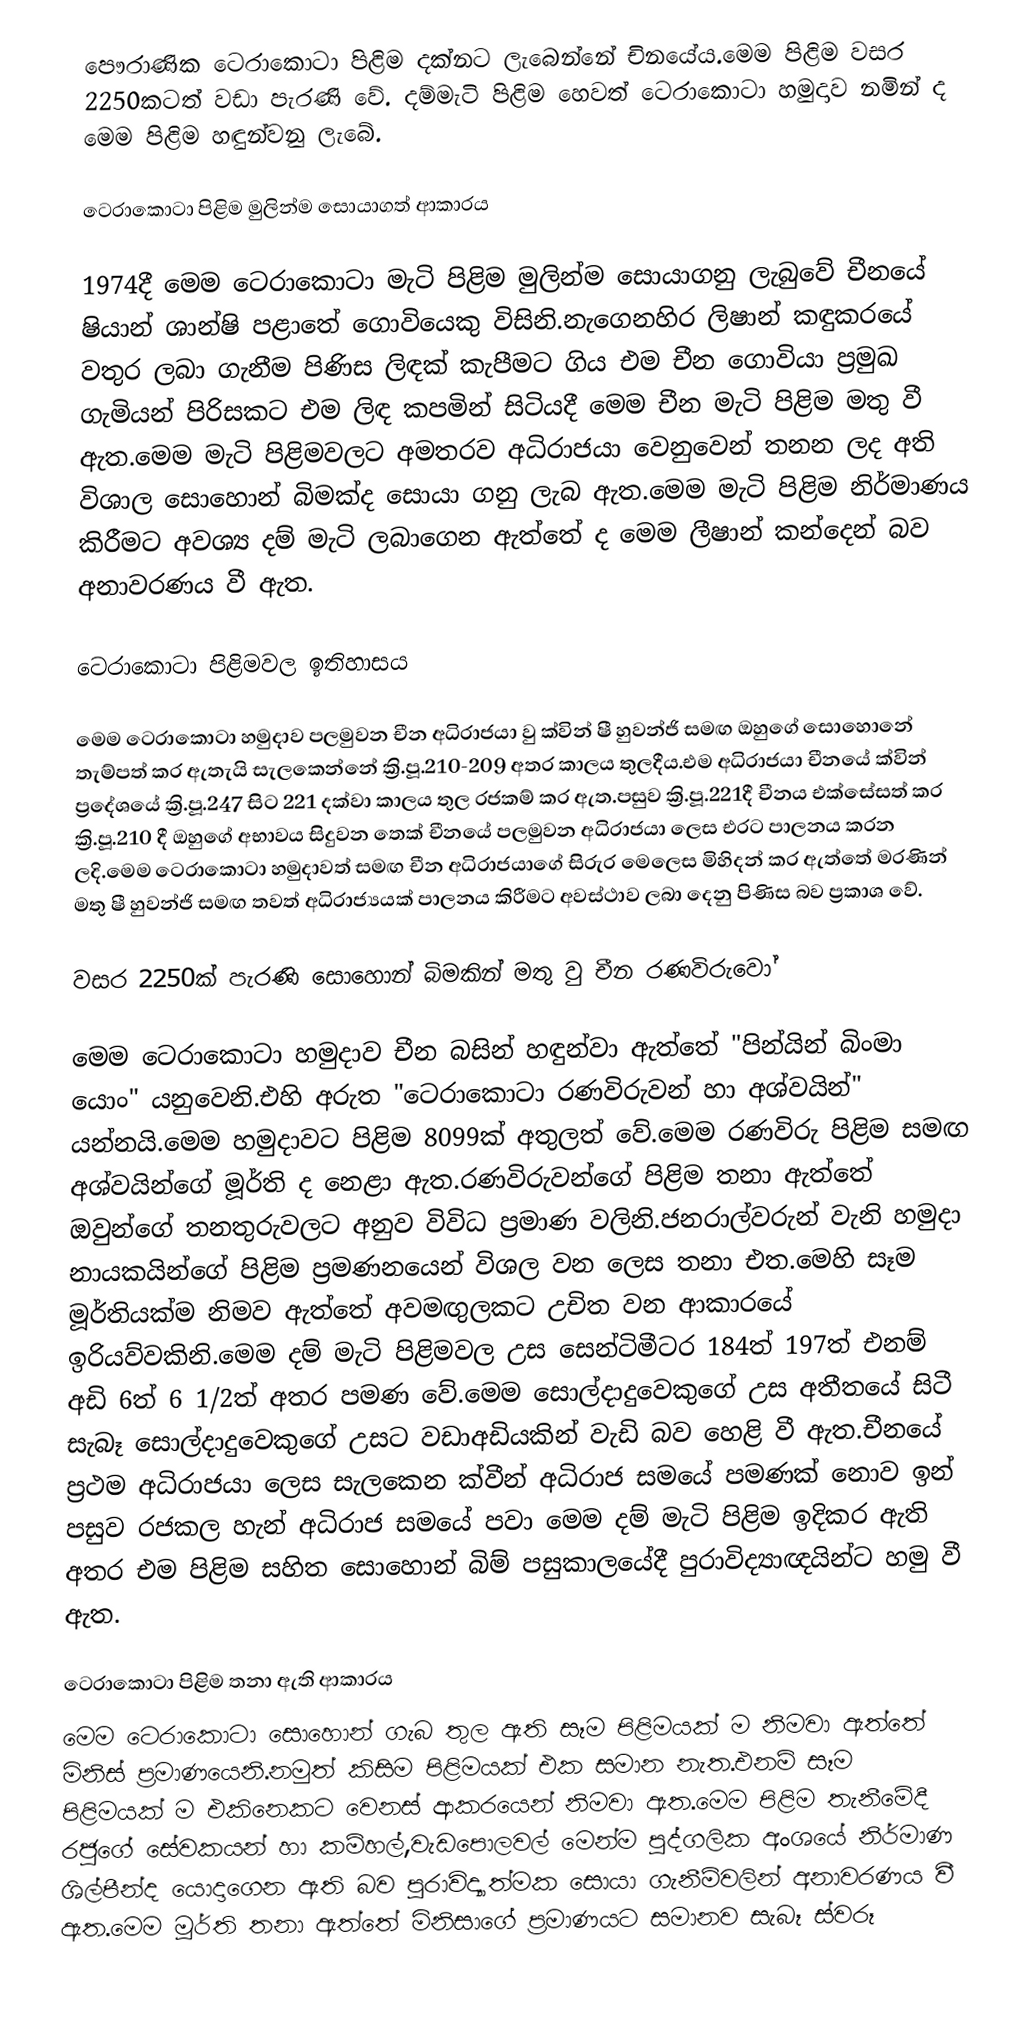
පෞරාණික ටෙරාකොටා පිළිම දක්නට ලැ‍බෙන්නේ චිනයේය.මෙම පිළිම වසර 2250කටත් වඩා පැරණි වේ. දම්මැටි පිළිම හෙවත් ටෙරාකොටා හමුදාව නමින් ද මෙම පිළිම හඳුන්වනු ලැ‍බේ.

ටෙරාකොටා පිළිම මුලින්ම සොයාගත් ආකාරය

1974දී මෙම ටෙරාකොටා මැටි පිළිම මුලින්ම සොයාගනු ලැබුවේ චීනයේ ෂියාන් ශාන්ෂි පළාතේ ගොවියෙකු විසිනි.නැගෙනහිර ලිෂාන් කඳුකරයේ වතුර ලබා ගැනීම පිණිස ලිඳක් කැපීමට ගිය එම චීන ගොවියා ප්‍රමුඛ ගැමියන් පිරිසකට එම ලිඳ කපමින් සිටියදී මෙම චීන මැටි පිළිම මතු වී ඇත.මෙම මැටි පිළිමවලට අමතරව අධිරාජයා වෙනුවෙන් තනන ලද අති විශාල සොහොන් බිමක්ද සොයා ගනු ලැබ ඇත.මෙම මැටි පිළිම නිර්මාණය කිරීමට අවශ්‍ය දම් මැටි ලබාගෙන ඇත්තේ ද මෙම ලීෂාන් කන්දෙන් බව අනාවරණය වී ඇත.

ටෙරාකොටා පිළිමවල ඉතිහාසය

මෙම ටෙරාකොටා හමුදාව පලමුවන චීන අධිරාජයා වු ක්වින් ෂී හුවන්ජි සමඟ ඔහුගේ සොහොනේ තැම්පත් කර ඇතැයි සැලකෙන්නේ ක්‍රි.පූ.210-209 අතර කාලය තුලදීය.එම අධිරාජයා චීනයේ ක්වින් ප්‍රදේශයේ ක්‍රි.පූ.247 සිට 221 දක්වා කාලය තුල රජකම් කර ඇත.පසුව ක්‍රි.පූ.221දී චීනය එක්සේසත් කර ක්‍රි.පූ.210 දී ඔහුගේ අභාවය සිදුවන තෙක් චීනයේ පලමුවන අධිරාජයා ලෙස එරට පාලනය කරන ලදි.මෙම ටෙරාකොටා හමුදාවත් සමඟ චීන අධිරාජයාගේ සිරුර මෙලෙස මිහිදන් කර ඇත්තේ මරණින් මතු ෂී හුවන්ජි සමඟ තවත් අධිරාජ්‍යයක් පාලනය කිරීමට අවස්ථාව ලබා දෙනු පිණිස බව ප්‍රකාශ වේ.

වසර 2250ක් පැරණි සොහොන් බිමකින් මතු වු චීන රණවිරුවෝ

මෙම ටෙරාකොටා හමුදාව චීන බසින් හඳුන්වා ඇත්තේ "පින්යින් බිංමා යොං" යනුවෙනි.එහි අරුත "ටෙරාකොටා රණවිරුවන් හා අශ්වයින්" යන්නයි.මෙම හමුදාවට පිළිම 8099ක් අතුලත් වේ.මෙම රණවිරු පිළිම සමඟ අශ්වයින්ගේ මූර්ති ද නෙළා ඇත.රණවිරුවන්ගේ පිළිම තනා ඇත්තේ ඔවුන්ගේ තනතුරුවලට අනුව විවිධ ප්‍රමාණ වලිනි.ජනරාල්වරුන් වැනි හමුදා නායකයින්ගේ පිළිම ප්‍රමණනයෙන් විශල වන ලෙස තනා එත.මෙහි සෑම මූර්තියක්ම නිමව ඇත්තේ අවමඟුලකට උචිත වන ආකාරයේ ඉරියව්වකිනි.මෙම දම් මැටි පිළිමවල උස සෙන්ටිමීටර 184ත් 197ත් එනම් අඩි 6ත් 6 1/2ත් අතර පමණ වේ.මෙම සොල්දාදුවෙකුගේ උස අතීතයේ සිටී සැබෑ සොල්දාදුවෙකුගේ උසට වඩාඅඩියකින් වැඩි බව හෙළි වී ඇත.චීනයේ ප්‍රථම අධිරාජයා ලෙස සැලකෙන ක්වීන් අධිරාජ සමයේ පමණක් නොව ඉන් පසුව රජකල හැන් අධිරාජ සමයේ පවා මෙම දම් මැටි පිළිම ඉදිකර ඇති අතර එම පිළිම සහිත සොහොන් බිම් පසුකාලයේදී පුරාවිද්‍යාඥයින්ට හමු වී ඇත.

ටෙරාකොටා පිළිම තනා ඇති ආකාරය
මෙම ටෙරාකොටා සොහොන් ගැබ තුල ඇති සෑම පිළිමයක් ම නිමවා ඇත්තේ මිනිස් ප්‍රමාණයෙනි.නමුත් කිසිම පිළිමයක් එක සමාන නැත.එනම් සෑම පිළිමයක් ම එකිනෙකට වෙනස් ආකරයෙන් නිමවා ඇත.මෙම පිළිම තැනීමේදී රජුගේ සේවකයන් හා කම්හල්,වැඩපොලවල් මෙන්ම පුද්ගලික අංශයේ නිර්මාණ ශිල්පීන්ද යොදාගෙන ඇති බව පුරාවිද්‍යාත්මක සොයා ගැනීම්වලින් අනාවරණය වී ඇත.මෙම මූර්ති තනා ඇත්තේ මිනිසාගේ ප්‍රමාණයට සමානව සැබෑ ස්වරූ